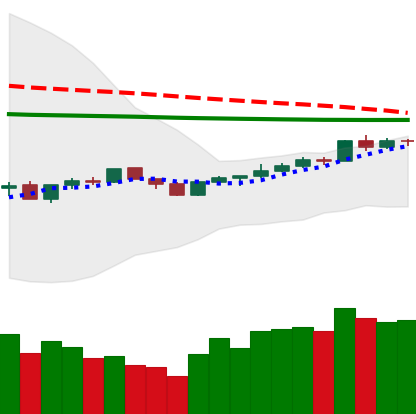
Ticker: BNB-USD
Chart end date: 2020-04-09
Forward return: 3.07%
Label: up_3_5